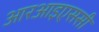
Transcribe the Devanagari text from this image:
आरआइएससी